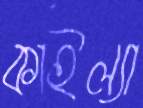
কাইল্যা